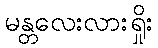
မန္တလေးလားရှိုး